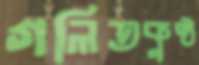
গলিতকুষ্ঠ